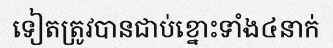
ទៀតត្រូវបានជាប់ខ្នោះទាំង៤នាក់